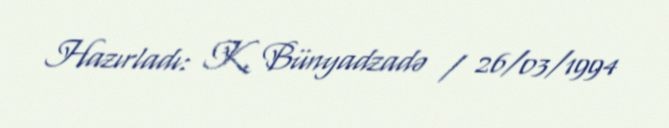
Hazırladı: K. Bünyadzadə / 26/03/1994